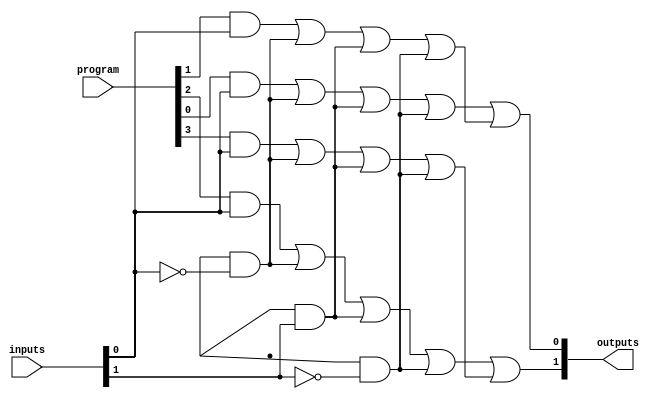
module PAL (
    input  wire [N-1:0] inputs,     // Input signals
    input  wire [M-1:0] program,     // Programming signals for AND gates
    output wire [P-1:0] outputs       // Fixed-output logic functions from OR gates
);

// Parameters
parameter N = 4; // Number of input signals
parameter M = 4; // Number of AND gates
parameter P = 2; // Number of output functions

// Internal wires for the AND gate outputs (product terms)
wire [M-1:0] and_out;

// Programmable AND Array
genvar i;
generate
    for (i = 0; i < M; i = i + 1) begin : and_array
        assign and_out[i] = (program[i] & inputs[0]) | 
                            (program[i + M] & ~inputs[0]) |
                            (program[i + 2*M] & inputs[1]) |
                            (program[i + 3*M] & ~inputs[1]);
        // The above example assumes a simple programmability where the inputs are tied
        // Here, each AND gate can be programmed with combinations of inputs and their complements.
    end
endgenerate

// Fixed OR Array
assign outputs[0] = and_out[0] | and_out[1]; // Example output combining product terms
assign outputs[1] = and_out[2] | and_out[3]; // Another example output

endmodule